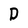
Character: D